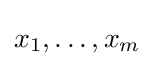
x_{1},\dots ,x_{m}